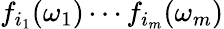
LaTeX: f_{i_{1}}(\omega_{1})\cdots f_{i_{m}}(\omega_{m})